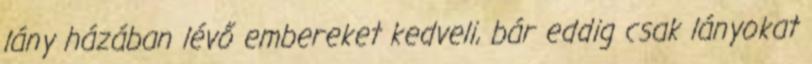
lány házában lévő embereket kedveli, bár eddig csak lányokat